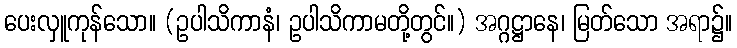
ပေးလှူကုန်သော။ (ဥပါသိကာနံ၊ ဥပါသိကာမတို့တွင်။) အဂ္ဂဋ္ဌာနေ၊ မြတ်သော အရာ၌။